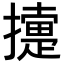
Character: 𢷟